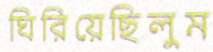
ঘিরিয়েছিলুম